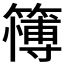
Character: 𱸪